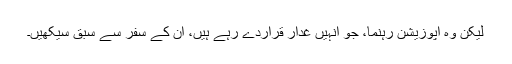
لیکن وہ اپوزیشن رہنما، جو اُنہیں غدار قراردے رہے ہیں، اُن کے سفر سے سبق سیکھیں۔